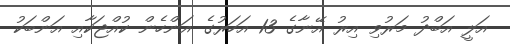
އަލީ އަބްދު މަރުވި އިރު އޭނާގެ 13 އަހަރުގެ އަންހެން ކުއްޖަކާއި އަންބަކު